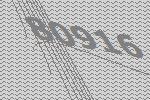
80916